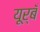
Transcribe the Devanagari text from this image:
यूर्बँ